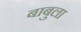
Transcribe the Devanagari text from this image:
बाबुला